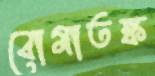
বোমাতঙ্ক